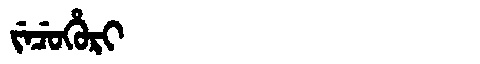
Manchu: ᠵᡝᠴᡠᡥᡠᡵᡳ
Romanization: JECUHURI